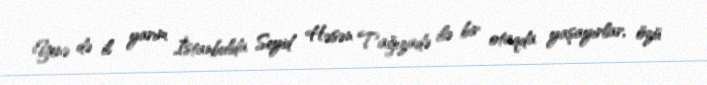
Yenə də il yarım İstanbulda Seyid Həsən Tağızadə ilə bir otaqda yaşayırlar, özü